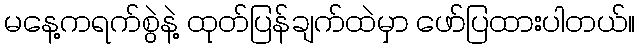
မနေ့ကရက်စွဲနဲ့ ထုတ်ပြန်ချက်ထဲမှာ ဖော်ပြထားပါတယ်။